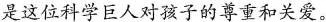
是这位科学巨人对孩子的尊重和关爱。